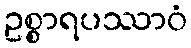
ဥစ္စာရပဿာဝံ